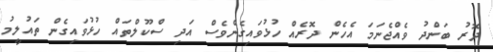
ދޮރު ބަންދު ވެއްޖެނަމަ އެހެން ދޮރެއް ހުޅުވައިގެންވެސް އަދި ސްކޫލްތައް ހުޅުވައިގެން ތައުލީމު